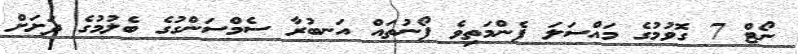
ނޯޓް 7 ގޮވުމުގެ މައްސަލަ ފެންމަތިވެ ފޯނުތައް އަނބުރާ ސެމްސަންގުގެ ބެލުމުގެ ދަށަށް